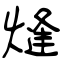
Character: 熢